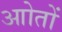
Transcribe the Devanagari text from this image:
आोतों